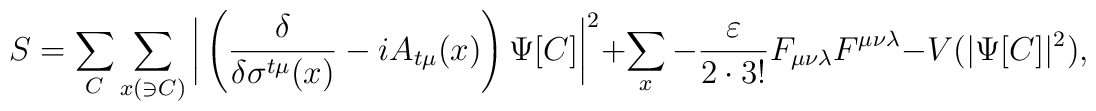
S = \sum_{C} \sum_{x(\ni C)} \bigg|  \left( \frac{\delta}{\delta\sigma^{t\mu} (x) } - i A_{t\mu}(x) \right) \Psi[C] \bigg|^2 + \sum_{x} - \frac{\varepsilon}{2 \cdot 3! } F_{\mu\nu\lambda} F^{\mu\nu\lambda} - V(|\Psi[C]|^2) ,